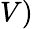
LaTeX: V)